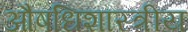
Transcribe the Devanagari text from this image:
औषधिशास्त्रीय